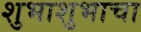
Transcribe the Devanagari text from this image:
शुभाशुभाचा